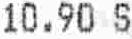
10.90 S